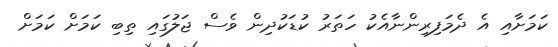
ކަމަށާއި އެ ދެމަފިރިންނާއެކު ހަތަރު ކުޑަކުދިން ވެސް ޖަލުގައި ތިބި ކަމަށް ކަމަށް